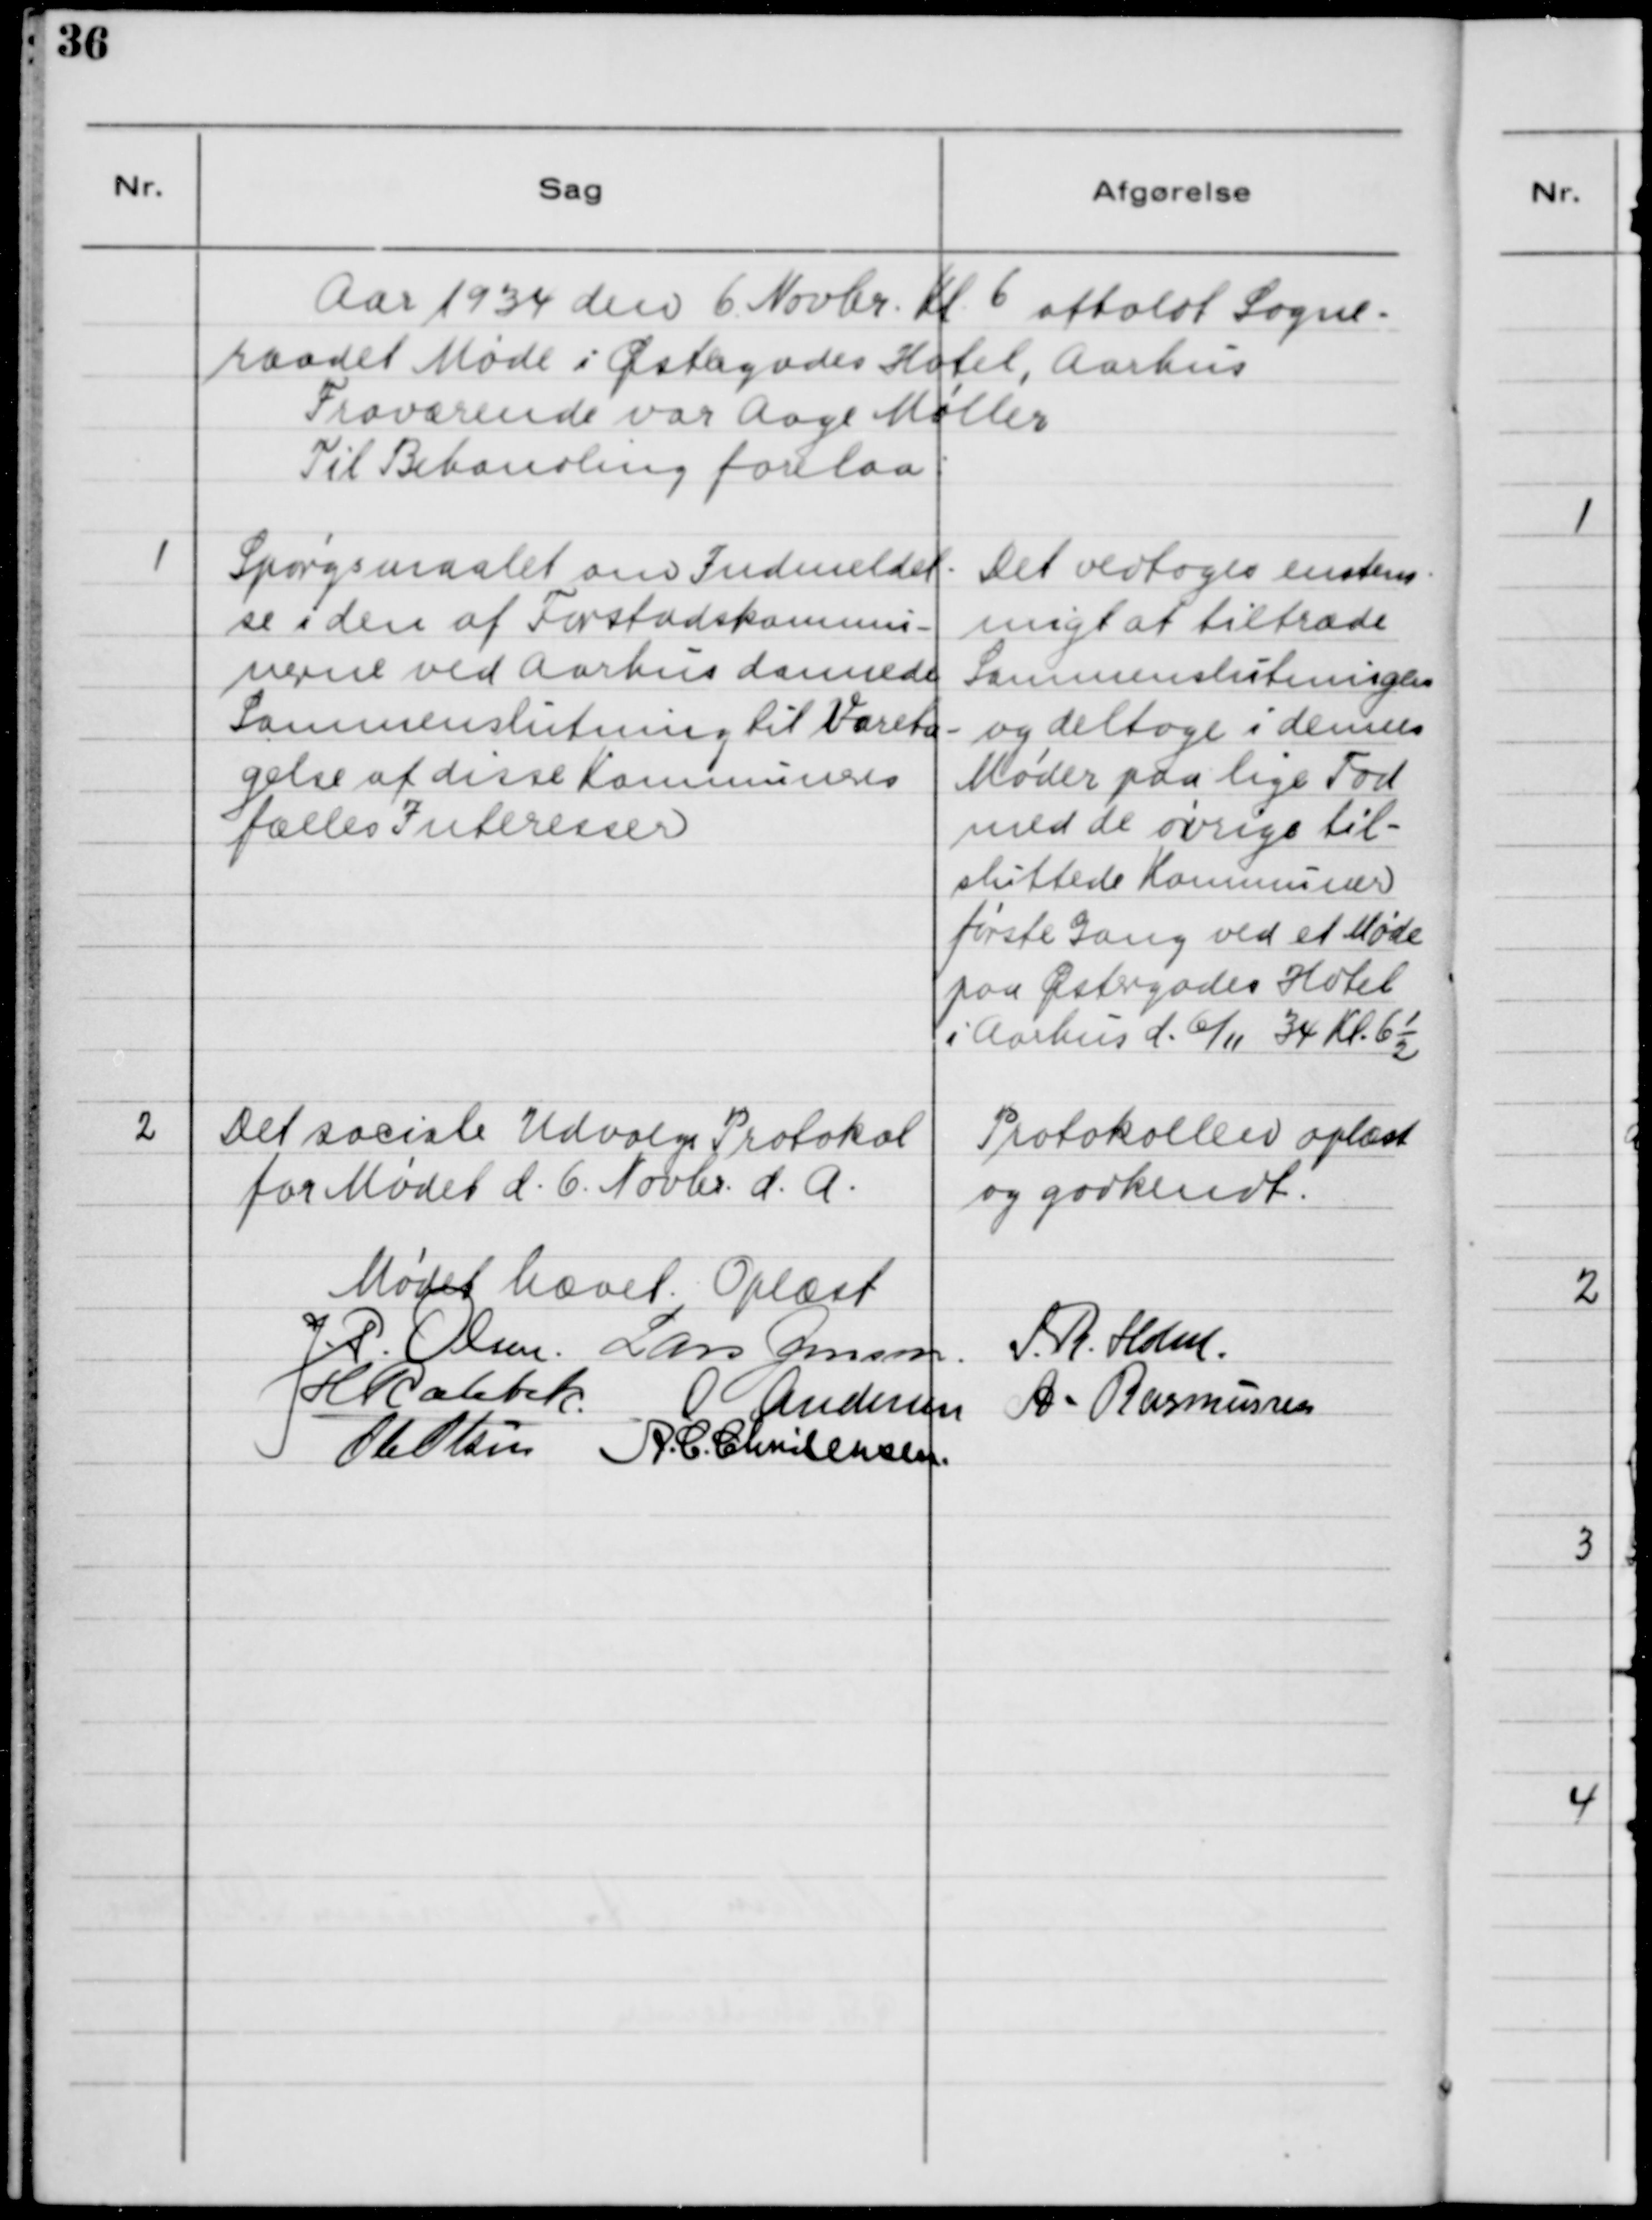
Transskription:
Aar 1934 den 6. Novbr. Kl. 6 afholdt Sogne-
raadet Møde i Østergades Hotel, Aarhus
Fraværende var Aage Møller.
Til Behandling forelaa:

1

Spørgsmaalet om Indmeldel-
se i den af Forstadskommu-
nerne ved Aarhus dannede
Sammenslutning til Vareta-
gelse af disse Kommuners
fælles Interesse.

Det vedtoges enstem-
migt at tiltræde
Sammenslutningen 
og deltage i dennes
Møder paa lige Fod
med de øvrige til-
sluttede Kommuner
første Gang ved et Møde 
paa Østergades Hotel
i Aarhus d. 6/11 34 Kl. 6 1/2

2

Det sociale Udvalgs Protokol
for Mødet d. 6. Novbr. d.A.

Protokollen oplæst
og godkendt

Mødet hævet. Oplæst.